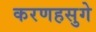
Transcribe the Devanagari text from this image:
करणहसुगे